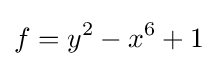
f=y^{2}-x^{6}+1